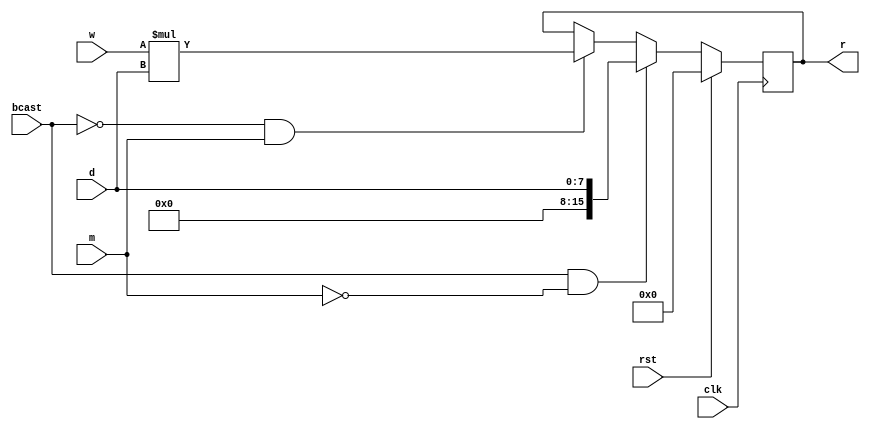
`timescale 1ns / 1ps
//////////////////////////////////////////////////////////////////////////////////
// Company: 
// Engineer: 
// 
// Design Name: 
// Module Name:    systolic 
// Project Name: 
// Target Devices: 
// Tool versions: 
// Description: 
//
// Dependencies: 
//
// Revision: 
// Revision 0.01 - File Created
// Additional Comments: 
//
//////////////////////////////////////////////////////////////////////////////////
module systolic(r, w, clk, d, rst, bcast, m);
input [15:0] w;
input [7:0] d;
input clk, rst, bcast, m;
output reg [15:0] r;
always@(posedge clk)
begin
	if(rst)
		r <= 0;
	else 
	if(bcast == 1 && m==0)
		r <= d;
	else
	if(bcast == 0 && m==1)
		r <= w*d;
end
endmodule